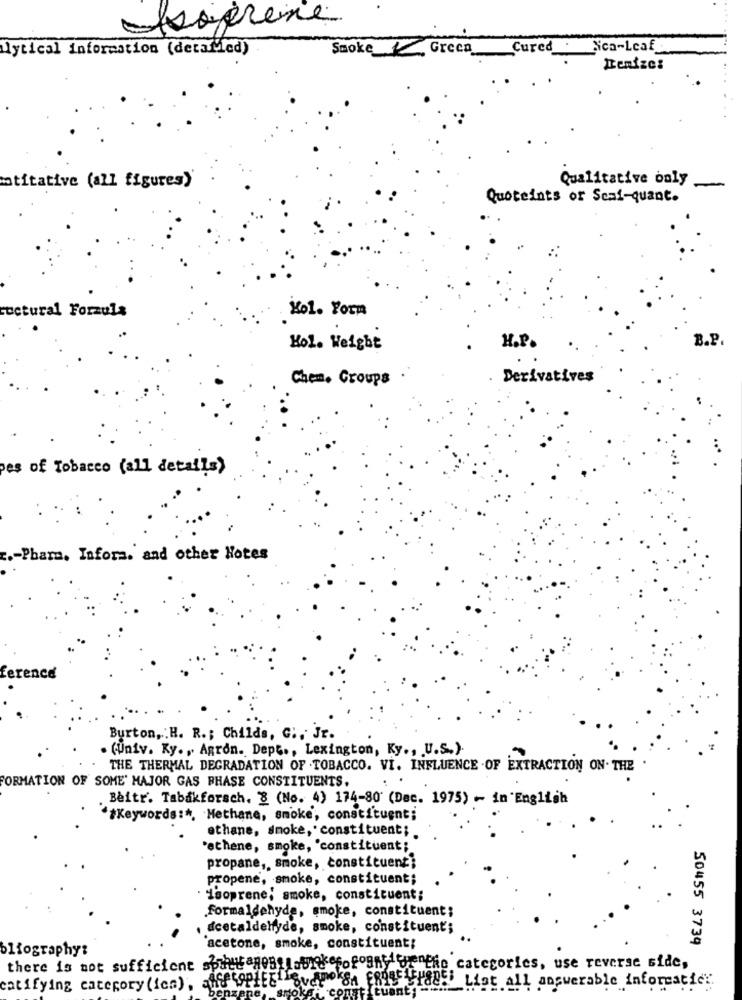
frogreine
lytical information (detafied)
Smoke Greca
Cured Sea-Leaf
otitative (all figures)'
Qualitative only
Quoteints or Scaf-quant.
ructural Forzula
Kol. Yorn
B.P.
Kol. Weight
H.P.
Chem. Groups
Derivatives
es of Tobacco (all details)
c .- Pharm. Infora. and other Hotes
erence
Burton ,: H. R .; Childs, C ., Jr.
. (Univ. Ky ., Agron. Dept ., Lexington, Ky ., U.S.).
THE THERMAL DEGRADATION OF TOBACCO. VI. INFLUENCE . OF EXTRACTION ON. THE
FORMATION OF SOME' MAJOR GAS PHASE CONSTITUENTS.
Beitr. Tabakforsch, 8 (No. 4) 174-80 (Dec. 1975) - in English
** Keywords :*, Methane, smoke, constituent;
ethane, smoke, constituent;
'athene, smoke, 'constituent;
propane ,, smoke, constituent;
propene, smoke, constituent;
· isoprene, smoke, constituent ;
formaldehyde, smoke, constituent;
dcetaldehyde, smoke, constituent';
50455 3739
bliography:
acetone, smoke, constituent;
there is not sufficient spintaness pour fofogny gethe categories, use reverse side,
catifying category (ies), MffCOPIEE SveF &# 8- 1885 List all answerable informatic